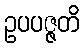
ဥပပဇ္ဇတိ